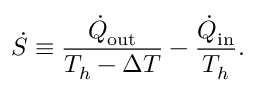
\dot { S } \equiv \frac { \dot { Q } _ { \mathrm { o u t } } } { T _ { h } - \Delta T } - \frac { \dot { Q } _ { \mathrm { i n } } } { T _ { h } } .